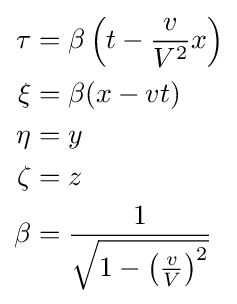
{\begin{aligned}\tau &=\beta \left(t-{\frac {v}{V^{2}}}x\right)\\\xi &=\beta (x-vt)\\\eta &=y\\\zeta &=z\\\beta &={\frac {1}{\sqrt {1-\left({\frac {v}{V}}\right)^{2}}}}\end{aligned}}